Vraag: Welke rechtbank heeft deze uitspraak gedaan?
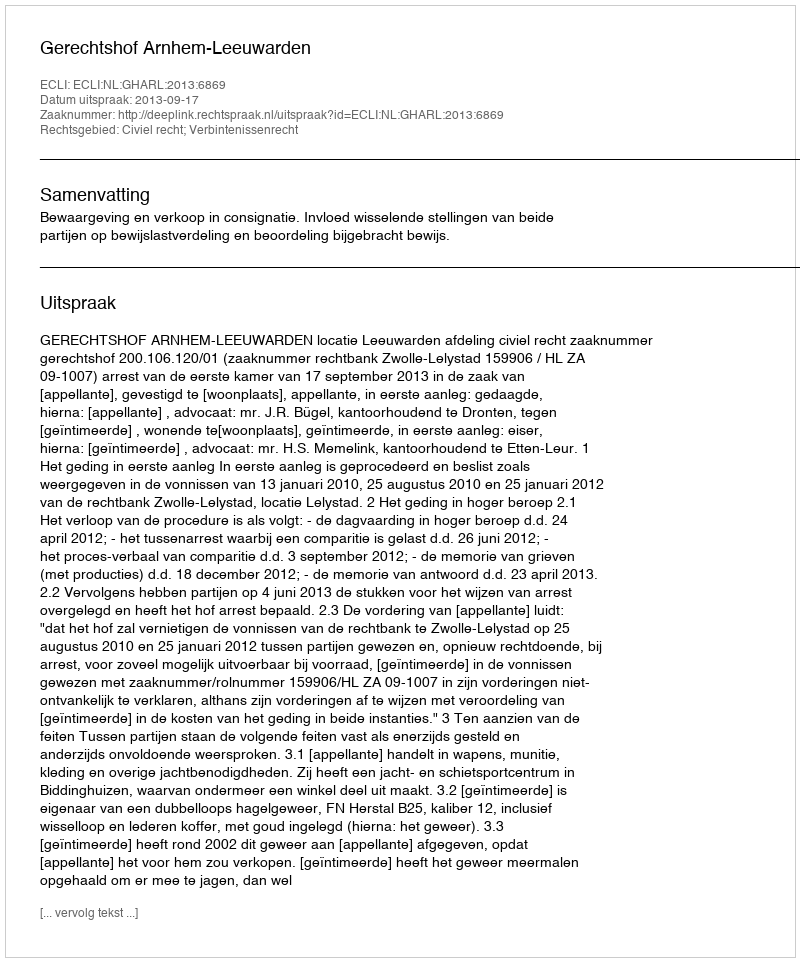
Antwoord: Gerechtshof Arnhem-Leeuwarden